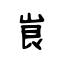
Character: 峎